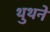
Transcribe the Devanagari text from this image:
थुथने